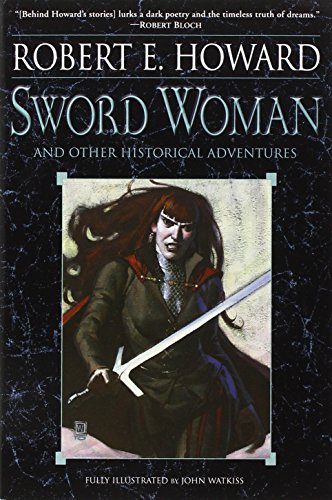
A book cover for Sword Woman and Other Historical Adventures; Robert E. Howard; Literature & Fiction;